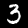
Label: 3